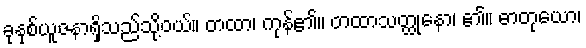
ခုနှစ်ယူဇနာရှိသည်သို့ဝယ်။ တထာ၊ ကုန်၏။ တထာသတ္ထုနော၊ ၏။ ဓာတုယော၊